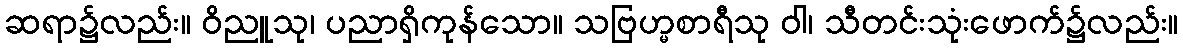
ဆရာ၌လည်း။ ဝိညူသု၊ ပညာရှိကုန်သော။ သဗြဟ္မစာရီသု ဝါ၊ သီတင်းသုံးဖောက်၌လည်း။